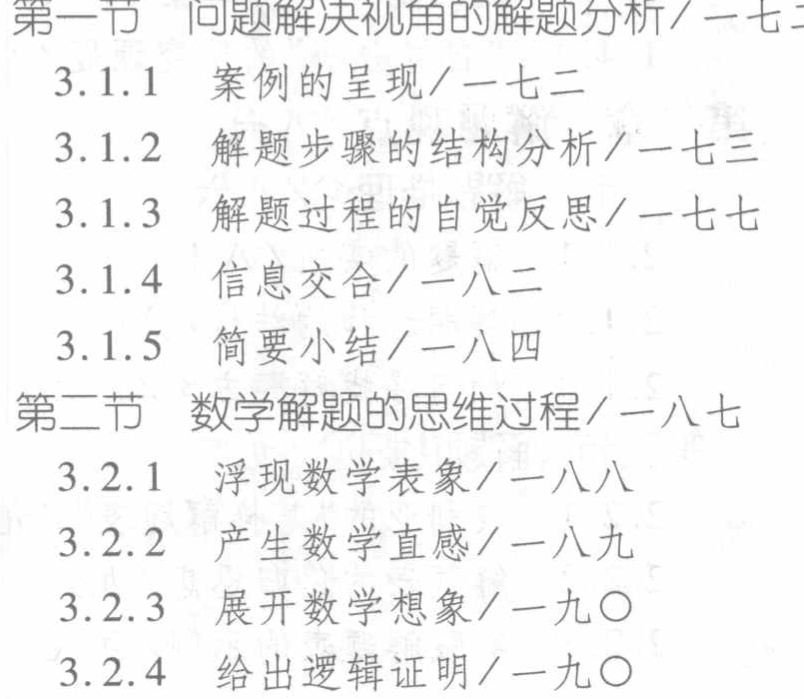
\begin{enumerate}
\item 第一节 问题解决视角的解题分析/一七二
    \begin{enumerate}
    \item 3.1.1 案例的呈现/一七二
    \item 3.1.2 解题步骤的结构分析/一七三
    \item 3.1.3 解题过程的自觉反思/一七七
    \item 3.1.4 信息交合/一八二
    \item 3.1.5 简要小结/一八四
    \end{enumerate}
\item 第二节 数学解题的思维过程/一八七
    \begin{enumerate}
    \item 3.2.1 浮现数学表象/一八八
    \item 3.2.2 产生数学直感/一八九
    \item 3.2.3 展开数学想象/一九〇
    \item 3.2.4 给出逻辑证明/一九〇
    \end{enumerate}
\end{enumerate}